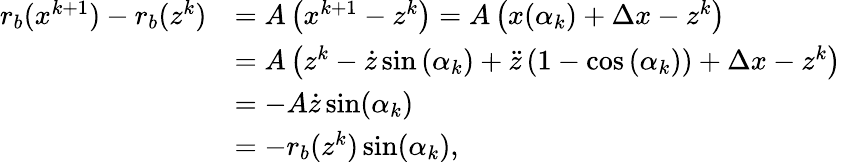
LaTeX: \begin{array}{rl}{r_{b}(x^{k+1})-r_{b}(z^{k})}&{=A\left(x^{k+1}-z^{k}\right)=A\left(x(\alpha_{k})+\Delta x-z^{k}\right)}\\ &{=A\left(z^{k}-\dot{z}\sin\left(\alpha_{k}\right)+\ddot{z}\left(1-\cos\left(\alpha_{k}\right)\right)+\Delta x-z^{k}\right)}\\ &{=-A\dot{z}\sin(\alpha_{k})}\\ &{=-r_{b}(z^{k})\sin(\alpha_{k}),}\end{array}